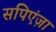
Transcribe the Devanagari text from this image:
सपिएंज़ा